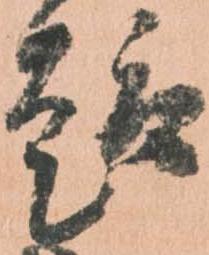
趣